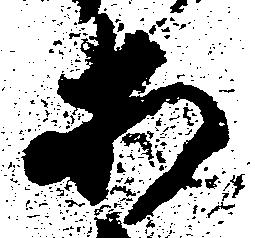
等